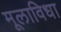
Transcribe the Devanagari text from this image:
मूलाविधा